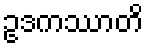
ဥဒကဿာတိ